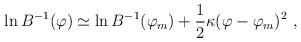
LaTeX: \begin{align*}\ln B^{-1} (\varphi) \simeq \ln B^{-1} (\varphi_m) + {1\over 2} \kappa (\varphi -\varphi_m)^2\ , \end{align*}